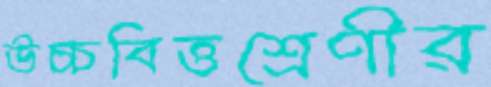
উচ্চবিত্তশ্রেণীর